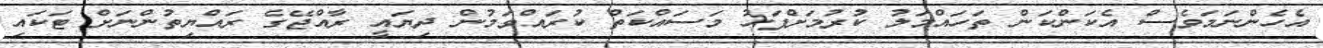
އެހެންނަމަވެސް އެކަންކަން ތަހައްމަލު ކުރުމަށްފަހު މަސައްކަތް ކުރައްވަމުން ދިޔައީ ރާއްޖޭގެ ރައްޔިތުންނަށް ޓަކައި